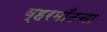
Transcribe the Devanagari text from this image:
व्हरमाँटचा